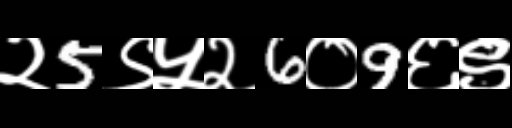
Text: २5९५२6०9६९